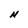
Character: N